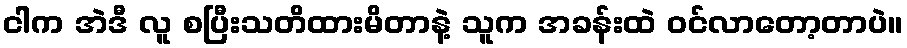
ငါက အဲဒီ လူ စပြီးသတိထားမိတာနဲ့ သူက အခန်းထဲ ဝင်လာတော့တာပဲ။